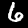
Digit: 6